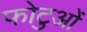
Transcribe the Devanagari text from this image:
फोटुओं